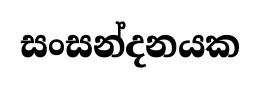
සංසන්දනයක